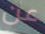
عن